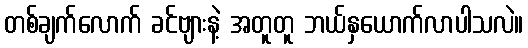
တစ်ချက်လောက် ခင်ဗျားနဲ့ အတူတူ ဘယ်နှယောက်လာပါသလဲ။